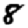
Digit: 8